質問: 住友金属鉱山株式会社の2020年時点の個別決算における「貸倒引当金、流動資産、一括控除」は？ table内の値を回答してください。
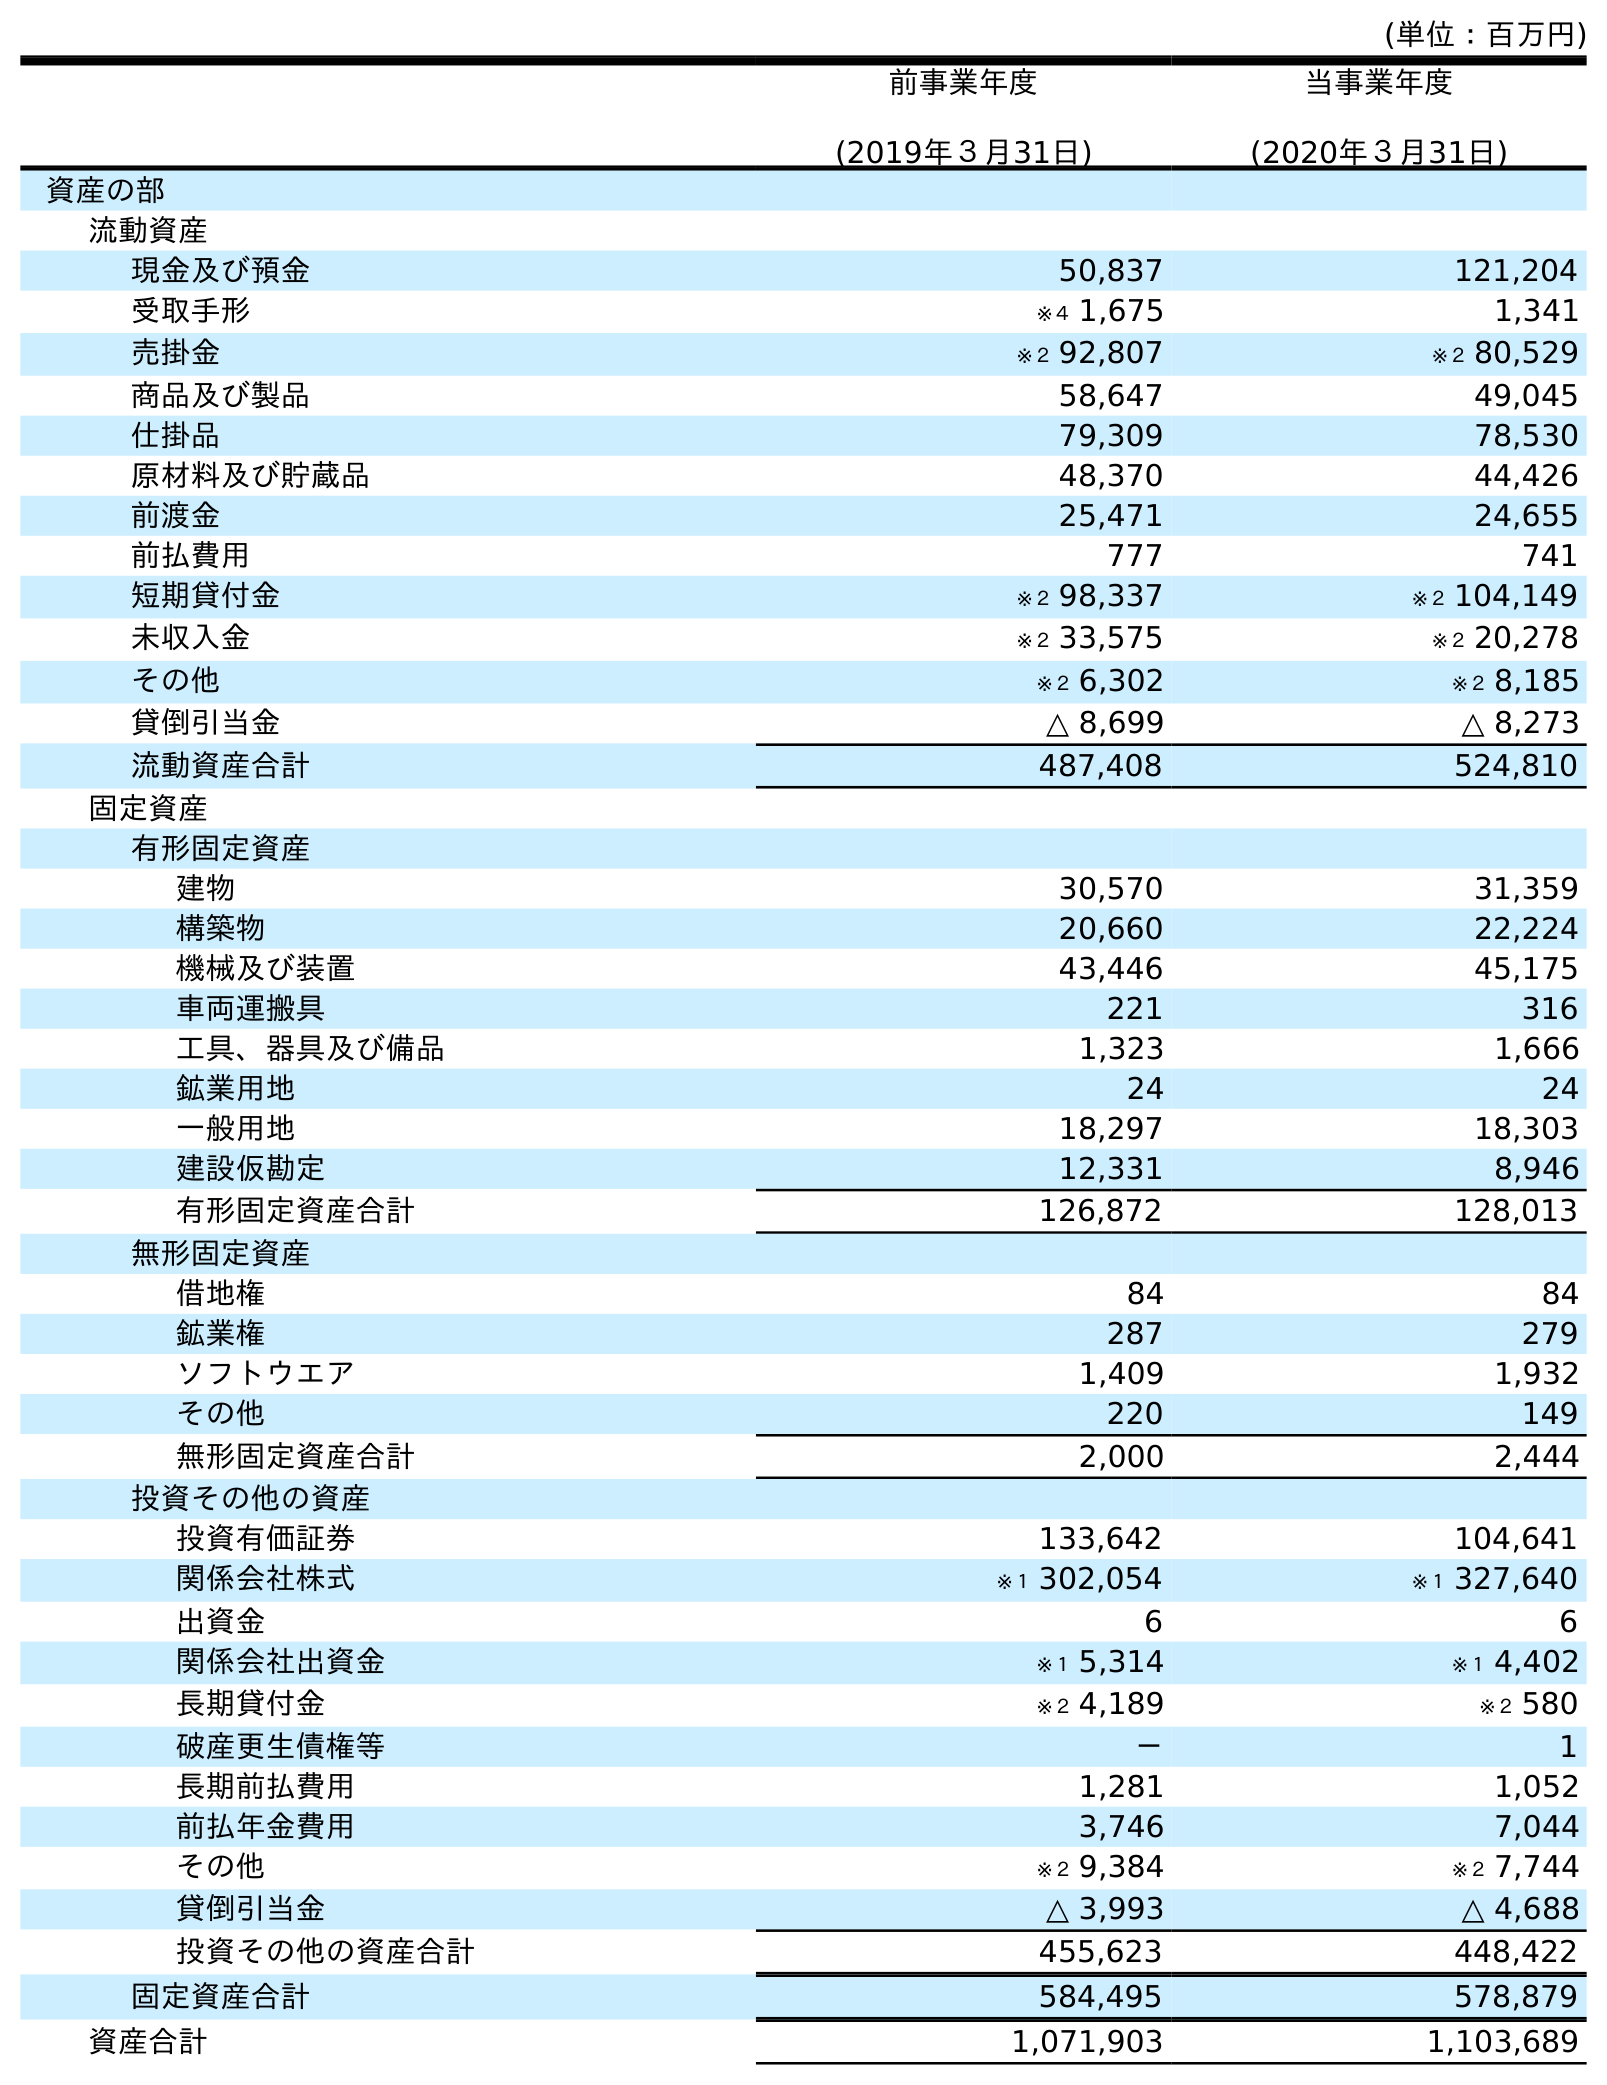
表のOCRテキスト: (単位：百万円) 前事業年度 (2019年３月31日) 当事業年度 (2020年３月31日) 資産の部 流動資産 現金及び預金 50,837 121,204 受取手形 ※４ 1,675 1,341 売掛金 ※２ 92,807 ※２ 80,529 商品及び製品 58,647 49,045 仕掛品 79,309 78,530 原材料及び貯蔵品 48,370 44,426 前渡金 25,471 24,655 前払費用 777 741 短期貸付金 ※２ 98,337 ※２ 104,149 未収入金 ※２ 33,575 ※２ 20,278 その他 ※２ 6,302 ※２ 8,185 貸倒引当金 △ 8,699 △ 8,273 流動資産合計 487,408 524,810 固定資産 有形固定資産 建物 30,570 31,359 構築物 20,660 22,224 機械及び装置 43,446 45,175 車両運搬具 221 316 工具、器具及び備品 1,323 1,666 鉱業用地 24 24 一般用地 18,297 18,303 建設仮勘定 12,331 8,946 有形固定資産合計 126,872 128,013 無形固定資産 借地権 84 84 鉱業権 287 279 ソフトウエア 1,409 1,932 その他 220 149 無形固定資産合計 2,000 2,444 投資その他の資産 投資有価証券 133,642 104,641 関係会社株式 ※１ 302,054 ※１ 327,640 出資金 6 6 関係会社出資金 ※１ 5,314 ※１ 4,402 長期貸付金 ※２ 4,189 ※２ 580 破産更生債権等 － 1 長期前払費用 1,281 1,052 前払年金費用 3,746 7,044 その他 ※２ 9,384 ※２ 7,744 貸倒引当金 △ 3,993 △ 4,688 投資その他の資産合計 455,623 448,422 固定資産合計 584,495 578,879 資産合計 1,071,903 1,103,689
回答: △8,273